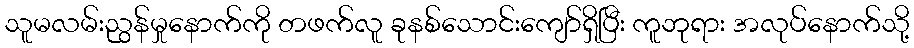
သူမလမ်းညွန်မှုနောက်ကို တဖက်လူ ခုနစ်သောင်းကျော်ရှိပြီး ကူဘုရား အလုပ်နောက်သို့